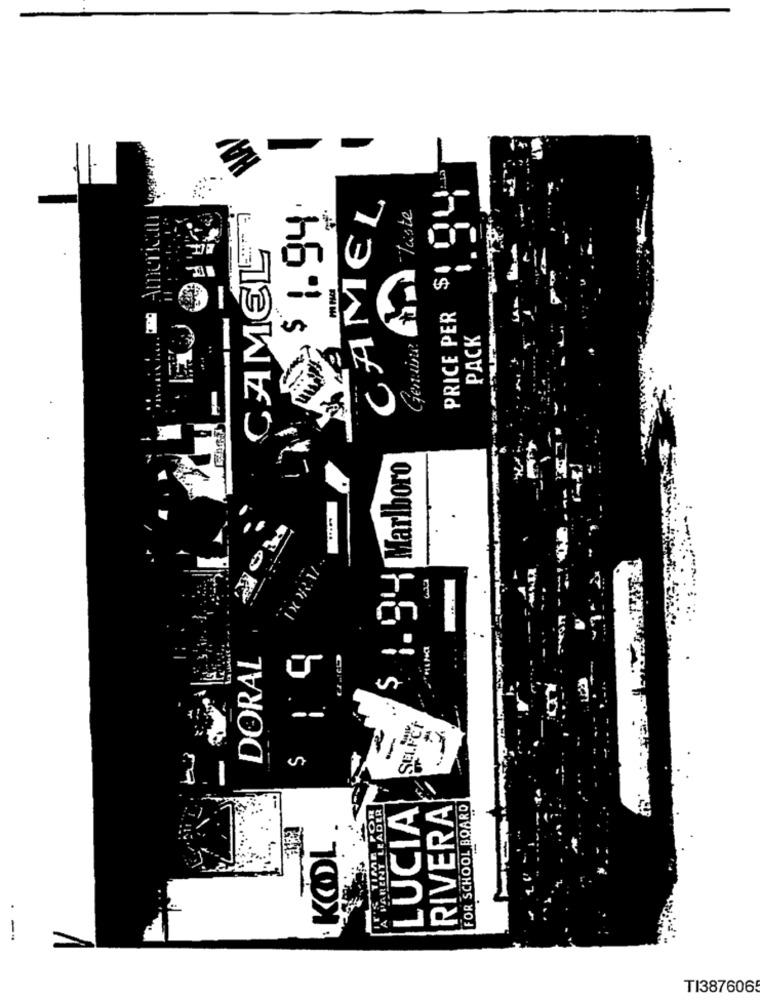
CAMEL
$ 1.94
-Taste
CAMEL
$1 0
Genuine
PRICE PER
PACK
$ 1. 94 Marlboro
DOOR.V
THING
DORAL
SELFCÍ
RIVERA
FOR SCHOOL BOARD
LUCIA
KOOL
--
TI3876065